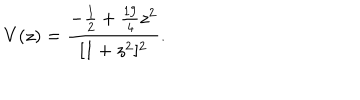
LaTeX: V ( z ) = \frac { - \frac { 1 } { 2 } + \frac { 1 9 } { 4 } z ^ { 2 } } { [ 1 + z ^ { 2 } ] ^ { 2 } } .